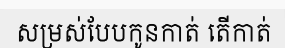
សម្រស់បែបកូនកាត់ តើកាត់